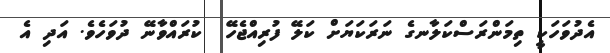
އެދުވަހަކީ ތިމަންރަސްކަލާނގެ ނަރަކަޔަށް ކަލޭ ފުރިއްޖެހޭ  ކުރައްވާނޭ ދުވަހެވެ. އަދި އެ